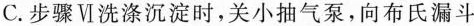
C.步骤Ⅵ洗涤沉淀时，关小抽气泵，向布氏漏斗